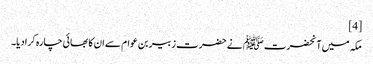
[4]
مکہ میں آنحضرت ﷺ نے حضرت زبیر بن عوام سے ان کا بھائی چارہ کرادیا۔